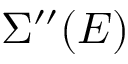
\Sigma ^ { \prime \prime } ( E )